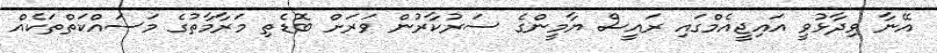
އޭނާ ވިދާޅުވީ އައިޖީއެމްގައި ރައީސް ޔާމީންގެ ސަރުކާރުން ވަރަށް ބޮޑެތި މަރާމާތުގެ މަސައްކަތްތަކެއް